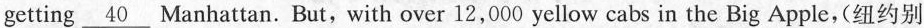
getting\underline{40} Manhattan. But, with over 12,000 yellow cabs in the Big Apple,(纽约别